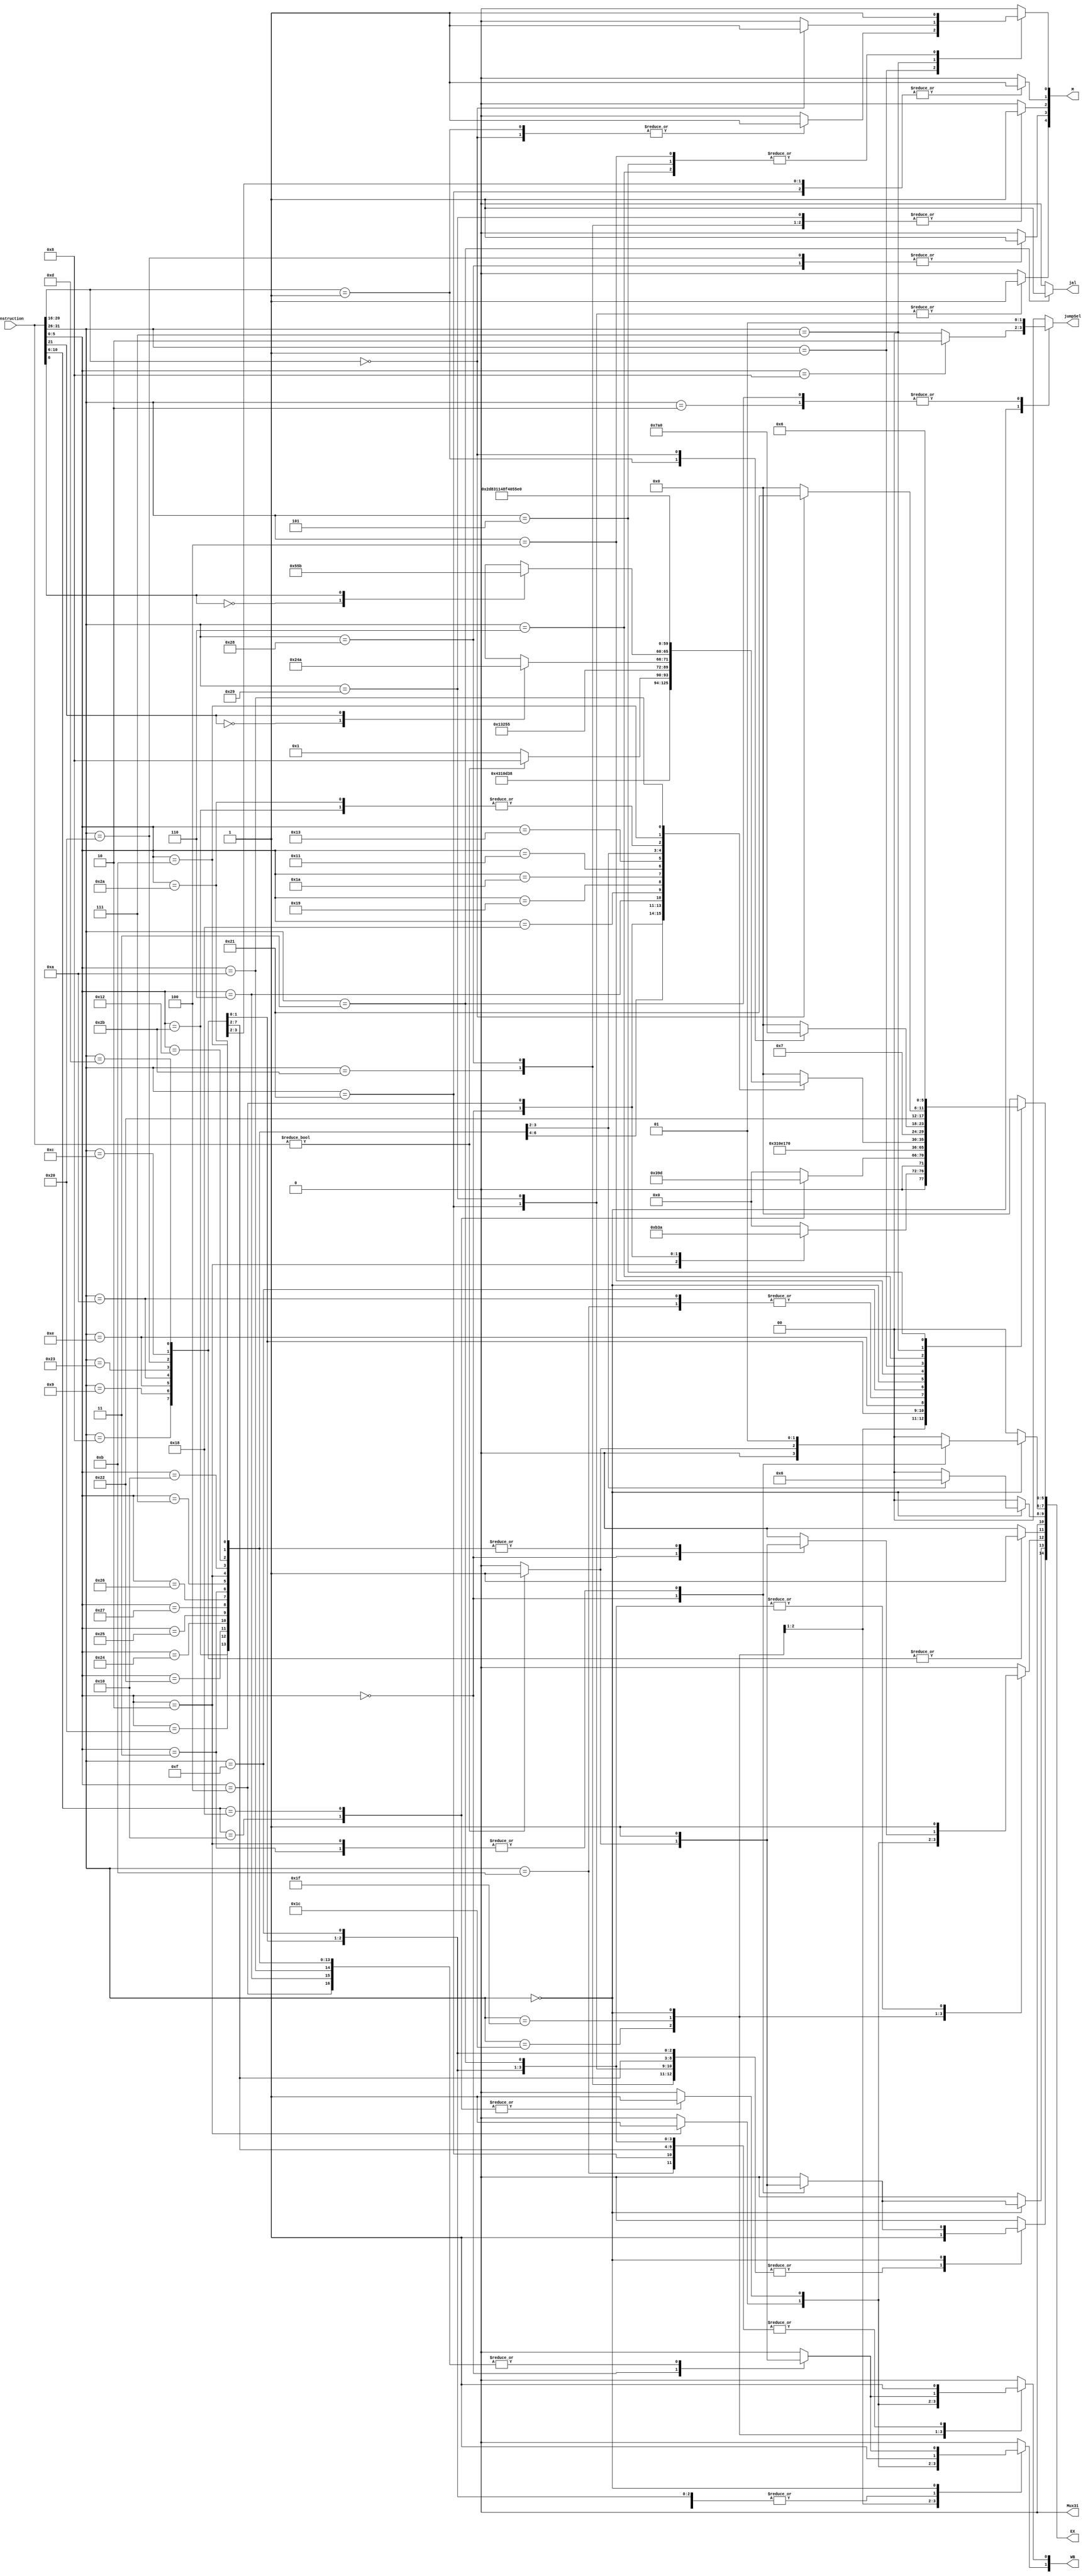
`timescale 1ns / 1ps
//////////////////////////////////////////////////////////////////////////////////
// Company: 
// Engineer: 
// 
// Design Name: 
// Module Name: Controller
// Project Name: 
// Target Devices: 
// Tool Versions: 
// Description: 
// 
// Dependencies: 
// 
// Revision:
// Revision 0.01 - File Created
// Additional Comments:
// 
//////////////////////////////////////////////////////////////////////////////////








module controller(instruction, EX, WB, M, jal, jumpSel, Mux31);
    


 input [31:0] instruction; 
 
 
 output reg [1:0] jumpSel;
 output reg Mux31;
 
 
  output reg [14:0] EX;
 // EX[5:0] = ALUOp
 // EX[10:6]= Asel/Bsel
 // EX[11] = RegSelDst
 // EX[12] = SignexSel 
 // EX[13] = ZeroExtend  or 16bit Selector
 // EX[14] = ALUbMux
 
 output reg [1:0] WB;
 // WB[0]RegWrite 
 // WB[1]MemtoReg 
 output reg [4:0] M;
 // M[0] = Branch
 // M[1] = MemRead
 // M[2]MemWrite
 // full or byte/half
 output reg  jal ;
 






always @ (*) begin
 M<=4'd0; jal<=1'd0;  WB<=2'd0; jumpSel<=2'd0; EX<=14'd0; Mux31<=0; 
 
case(instruction[31:26])
    6'b001000 : begin//addi
      WB[0]<=1;  WB[1]<=1; EX[5:0]<=6'b000000; EX[14] <=1; EX[11] <=1;
        end
    6'b001001 : begin//addiu
      WB[0]<=1;  WB[1]<=1; EX[5:0]<=6'b000000; EX[14] <=1; EX[11] <=1;
       end
    6'b011100 : begin//SPECIAL 2
    case(instruction[5:0])
     6'b000010: begin
     EX[12]<=1; WB[0]<=1; WB[1]<=1; EX[5:0]<=6'b000010;
           end
     6'b000000: begin //madd
    EX[5:0]<=6'b011001;  
     end
     6'b000100: begin //msub
     EX[5:0]<=6'b011010; 
      end
    endcase
    end
       
    6'b011111: begin
    case(instruction[10:6])
    5'b10000 : begin //seb
    EX[12]<=1; WB[0]<=1; EX[5:0]<=6'b011100; WB[1]<=1; 
    end
    5'b11000 : begin //seh
        EX[12]<=1; WB[0]<=1; EX[5:0]<=6'b011101; WB[1]<=1;
        end
    endcase
    end
    6'b001100 : begin//andi
      WB[0]<=1;  WB[1]<=1;  EX[5:0]<=6'b000011;EX[12] <= 1; EX[14] <=1;  EX[11] <= 1;
        end


    6'b001101  : begin//ori
      WB[0]<=1;  WB[1]<=1; EX[5:0]<=6'b000100; EX[14] <=1; EX[11] <=1; EX[12] <=1;
        end
  
    6'b001110 : begin//xori
      WB[0]<=1;   WB[1]<=1; EX[5:0]<=6'b001110; EX[14] <=1; EX[11] <=1;
        end
    6'b001010 : begin //slti
      WB[0]<=1;  EX[5:0]<=6'b000101; EX[14] <=1; WB[1] <= 1; EX[11] <=1;
        end
    6'b001011 : begin //sltiu
      WB[0]<=1;   WB[1]<=1; EX[5:0]<=6'b000101; EX[14] <=1;
        end


    6'b100011: begin //lw
      WB[0]<=1;   M[1]<=1; EX[5:0]<=6'b000000; EX[14] <=1; EX[11] <= 1;
            end
    6'b100000: begin //lb
      WB[0]<=1;   M[1]<=1; EX[5:0]<=6'b000000; EX[14] <=1;  EX[11] <= 1;
        M[3]<=1;
        end
    6'b100001: begin //lh
      WB[0]<=1;  M[1]<=1; EX[5:0]<=6'b000000; EX[14] <=1;
        M[4]<=1;
        end
    6'b101011: begin //sw
        M[2]<= 1; EX[5:0]<=6'b000000; EX[14] <=1;
        end
    6'b101000: begin //sb
        M[2]<= 1; EX[5:0]<=6'b000000; EX[14] <=1; M[3]<=1;
        end
    6'b101001: begin //sh
        M[2]<= 1; EX[5:0]<=6'b000000; EX[14] <=1; M[4]<=1;
        end
     6'b001111: begin //lui
       WB[0]<=1;   WB[1]<=1; EX[5:0]<=6'b110000; EX[12] <= 1; EX[14] <=1;
           end

    6'b000000: begin//R functions
            case(instruction[5:0])
            6'b001000: begin //jr
                   EX[5:0]<=6'b000000; jumpSel<=2'b10;
                   end
            6'b101011 : begin //sltu
                EX[12]<=1; WB[0]<=1; WB[1]<=1; EX[5:0]<=6'b000101;
                end
            6'b100000: begin//add
                EX[12]<=1; WB[0]<=1; WB[1]<=1; EX[5:0]<=6'b000000;
                end
            6'b100010 : begin//sub
                EX[12]<=1; WB[0]<=1; WB[1]<=1; EX[5:0]<=6'b000001;
                end
            6'b100100 : begin//and
                EX[12]<=1; WB[0]<=1; WB[1]<=1; EX[5:0]<=6'b000011;
                end
            6'b100101 : begin//or
                EX[12]<=1; WB[0]<=1;WB[1]<=1; EX[5:0]<=6'b000100; 
                end
            6'b100111  : begin//nor
                EX[12]<=1; WB[0]<=1; WB[1]<=1; EX[5:0]<=6'b001101;
                end
            6'b100110 : begin //xor b01110
                EX[12]<=1; WB[0]<=1; WB[1]<=1; EX[5:0]<=6'b001110;
                end
            6'b000000 : begin //sll
            if(instruction != 0) begin 
              EX[12]<=1; WB[0]<=1; WB[1]<=1;  EX[5:0]<=6'b001000; EX[13] <= 1;EX[7:6] <= 1; EX[14] <=1;
                end
            else begin 
               EX[5:0]<=6'b000001;
                end
                    end
            6'b000100 : begin //sllv
                WB[0]<=1; WB[1]<=1; EX[5:0]<=6'b010011;
                end
            6'b000011 : begin //sra
              EX[12]<=1; WB[0]<=1; EX[13] <=1; WB[1] <= 1;  EX[5:0]<=6'b001001; EX[13] <= 1;EX[7:6] <= 1; EX[14] <=1;
                end
            6'b000111 : begin //srav
                EX[12]<=1; WB[0]<=1; EX[5:0]<=6'b010101; WB[1] <= 1;
                end
            6'b000010 : begin //srl or rotr
                case(instruction[21])
                    1'b0: begin //srl
                      EX[12]<=1; WB[0]<=1;   WB[1]<=1;  EX[5:0]<=6'b001001; EX[13] <= 1;EX[7:6] <= 1; EX[14] <=1;
                        end
                    1'b1: begin //rotr
                      EX[12]<=1; WB[0]<=1;  WB[1]<=1; EX[5:0]<=6'b001010; EX[13] <= 1;EX[7:6] <= 1; EX[14] <=1;
                        end       
                            endcase
                            end
    6'b000110 : begin //srlv or rotrv
        case(instruction[6])
        1'b0: begin //srlv
            WB[0]<=1; WB[1]<=1;  EX[5:0]<=6'b010101;
            end
        1'b1: begin //rotrv
            WB[0]<=1; WB[1]<=1; EX[5:0]<=6'b011011; 
            end      
                endcase
                end
    
    6'b011000 : begin // Mult
        EX[5:0]<=6'b001011;
        end
    6'b011001 : begin // Multu
        EX[5:0]<=6'b011000;
        end
    6'b011010 : begin//div
        EX[5:0]<=6'b001100;
        end
    6'b010001 : begin//mthi
        EX[5:0]<=6'b010001; 
        end
    6'b010011 : begin//mtlo
        EX[5:0]<=6'b010010; 
        end
    6'b010000  : begin//mfhi
      EX[12]<=1; WB[0]<=1; EX[10:8]<=1; WB[1]<=1; EX[5:0]<=6'b001111;
        end
    6'b010010 : begin//mflo
      EX[12]<=1; WB[0]<=1; EX[10:8]<=2; EX[5:0]<=6'b010000; WB[1] <= 1;
        end
    6'b101010 : begin //slt
        EX[12]<=1; WB[0]<=1; EX[5:0]<=6'b000101; WB[1] <= 1; 
        end
    6'b001011 : begin //movn
        EX[12]<=1; WB[0]<=1; EX[5:0]<=6'b010111; WB[1] <= 1;
        end
    6'b001010 : begin //movz
        WB[0]<=1; EX[5:0]<=6'b010100; WB[1] <= 1;
        end
endcase
          end // end R functions
    
    6'b000100: begin //beq
        M[0]<=1; EX[5:0]<=6'b000111;
        end
    6'b000001: begin //REGIMM
    case(instruction[20:16])
    5'b00001: begin //bgez
        M[0]<=1; EX[5:0]<=6'b011110;
        end
    5'b00000: begin //bltz
        M[0]<=1; EX[5:0]<=6'b100000;
        end
         endcase
            end
    6'b000110: begin // blez
       M[0]<=1; EX[5:0]<=6'b100010;
            end
    6'b000111: begin ///Z
    case(instruction[20:16])
    5'b00000: begin //bgtz
       M[0]<=1; EX[5:0]<=6'b100001;
        end
         endcase
            end
    
    6'b000101: begin //BNE
       M[0]<=1; EX[5:0]<=6'b000110;
        end
    6'b000010: begin //j
        EX[5:0]<=6'b000000; jumpSel<=2'b01;
        end
    6'b000011: begin //jal
       WB[0]<=1; EX[5:0]<=6'b000000; EX[12]<=1; jal<=1; jumpSel<=2'b01;
        end
    
endcase
end
endmodule